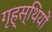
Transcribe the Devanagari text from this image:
गृह्स्थियों